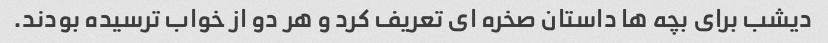
دیشب برای بچه ها داستان صخره ای تعریف کرد و هر دو از خواب ترسیده بودند.